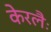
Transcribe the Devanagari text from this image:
केरलैः